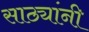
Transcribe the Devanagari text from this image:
साठ्यांनी